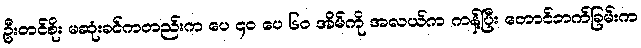
ဦးတင်စိုး မဆုံးခင်ကတည်းက ပေ ၄၀ ပေ ၆၀ အိမ်ကို အလယ်က ကန့်ပြီး တောင်ဘက်ခြမ်းက